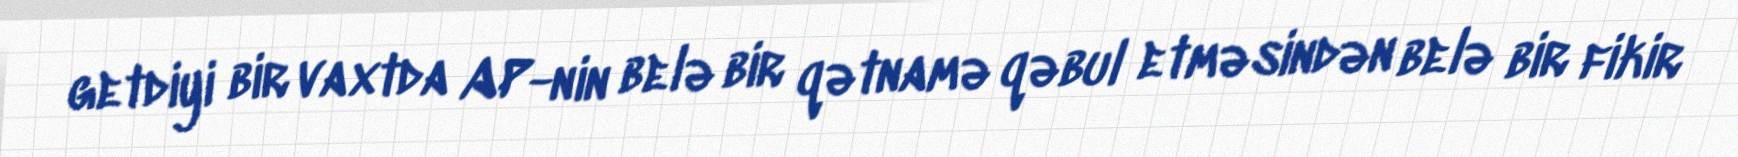
getdiyi bir vaxtda AP-nin belə bir qətnamə qəbul etməsindən belə bir fikir